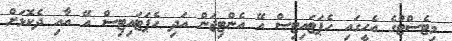
މިޓެސްޓުގެ އެހީގައި ހެޕަޓައިޓިސް އޭ އެންޓިޖަން އަދި ހެޕަޓައިޓިސް އޭ އާއި ދެކޮޅަށް